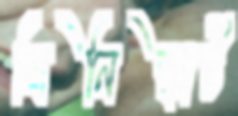
মিনিস্কার্ট